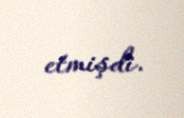
etmişdi.